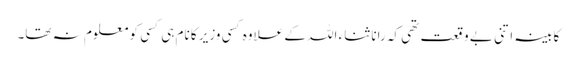
کابینہ اتنی بے وقعت تھی کہ رانا ثناء اللہ کے علاوہ کسی وزیر کا نام ہی کسی کو معلوم نہ تھا۔